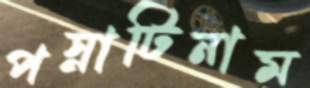
পস্নাটিনাম